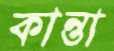
কান্তা